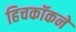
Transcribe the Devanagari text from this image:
हिचकॉकने